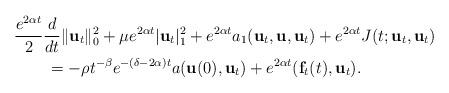
LaTeX: \begin{align*}&\frac{e^{2\alpha t}}{2}\frac{d}{dt}\|\mathbf{u}_t\|_0^2+\mu e^{2\alpha t}|\mathbf{u}_t|_1^2+e^{2\alpha t}a_1(\mathbf{u}_t,\mathbf{u},\mathbf{u}_t)+e^{2\alpha t} J(t;\mathbf{u}_t,\mathbf{u}_t)\\&\qquad=-\rho t^{-\beta}e^{-(\delta-2\alpha) t}a(\mathbf{u}(0),\mathbf{u}_t)+e^{2\alpha t}(\mathbf{f}_t(t),\mathbf{u}_t).\end{align*}